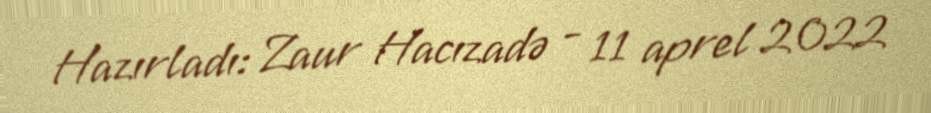
Hazırladı: Zaur Hacızadə - 11 aprel 2022